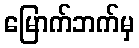
မြောက်ဘက်မှ